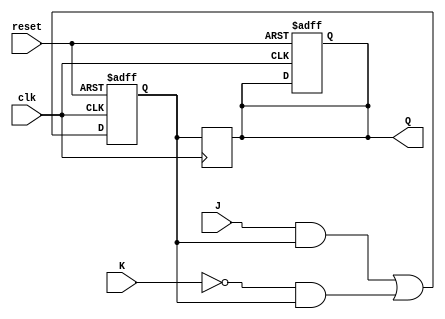
module jk_flip_flop (
    input wire J, // input J (set)
    input wire K, // input K (reset)
    input wire clk, // clock signal
    input wire reset, // asynchronous reset signal
    output reg Q // output Q
);

reg master_Q, slave_Q;

always @ (posedge clk or posedge reset) begin
    if (reset) begin
        master_Q <= 1'b0;
        slave_Q <= 1'b1;
    end else begin
        master_Q <= J & master_Q | ~K & master_Q;
    end
end

always @ (negedge clk) begin
    slave_Q <= master_Q;
end

always @* begin
    Q = slave_Q;
end

endmodule